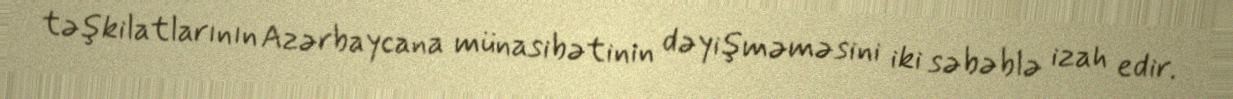
təşkilatlarının Azərbaycana münasibətinin dəyişməməsini iki səbəblə izah edir.